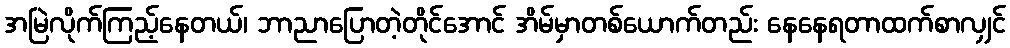
အမြဲလိုက်ကြည့်နေတယ်၊ ဘာညာပြောတဲ့တိုင်အောင် အိမ်မှာတစ်ယောက်တည်း နေနေရတာထက်စာလျှင်